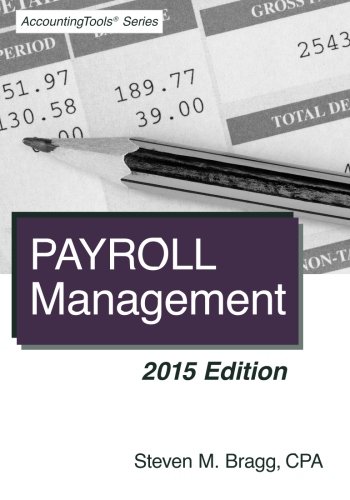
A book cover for Payroll Management: 2015 Edition; Steven M. Bragg; Business & Money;